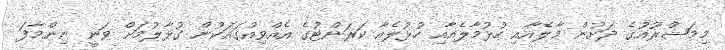
މިމަޝްރޫއުގެ ދަށުން މާލެއާއި ހުޅުމާލެއާއި ހުޅުލެއާ ކަރަންޓުގެ އެއްވިއުގައަކުން ގުޅާލުމަށް ވަނީ ނިންމާފަ